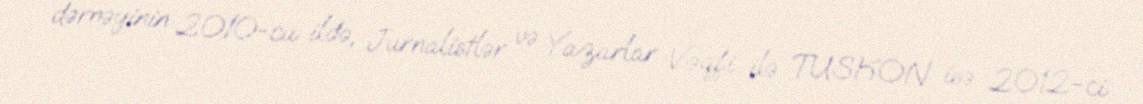
dərnəyinin 2010-cu ildə, Jurnalistlər və Yazarlar Vəqfi ilə TUSKON isə 2012-ci